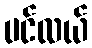
ပင်လယ်